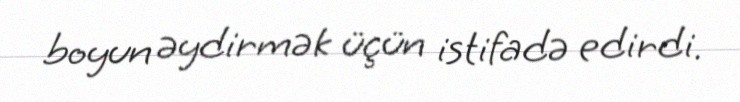
boyun əydirmək üçün istifadə edirdi.